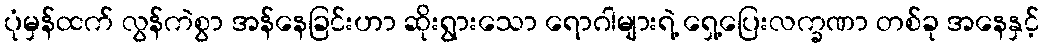
ပုံမှန်ထက် လွန်ကဲစွာ အန်နေခြင်းဟာ ဆိုးရွားသော ရောဂါများရဲ့ ရှေ့ပြေးလက္ခဏာ တစ်ခု အနေနှင့်